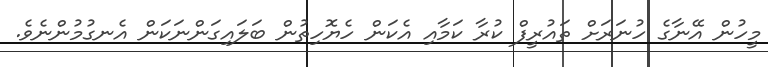
މީހުން އޭނާގެ ހުނަރަށް ތައުރީފް ކުރާ ކަމާއި އެކަން ހެޔޮހިތުން ބަލައިގަންނަކަން އެނގުމުންނެވެ.